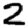
Digit: 2